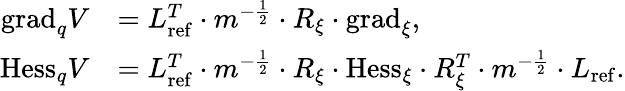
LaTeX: \begin{array}{rl}{\mathrm{grad}_{q}V}&{=L_{\mathrm{ref}}^{T}\cdot m^{-\frac{1}{2}}\cdot R_{\xi}\cdot\mathrm{grad}_{\xi},}\\ {\mathrm{Hess}_{q}V}&{=L_{\mathrm{ref}}^{T}\cdot m^{-\frac{1}{2}}\cdot R_{\xi}\cdot\mathrm{Hess}_{\xi}\cdot R_{\xi}^{T}\cdot m^{-\frac{1}{2}}\cdot L_{\mathrm{ref}}.}\end{array}